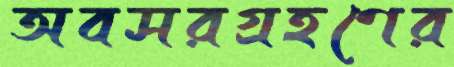
অবসরগ্রহণের